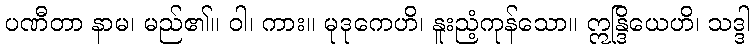
ပဏီတာ နာမ၊ မည်၏။ ဝါ၊ ကား။ မုဒုကေဟိ၊ နူးညံ့ကုန်သော။ ဣန္ဒြိယေဟိ၊ သဒ္ဒါ